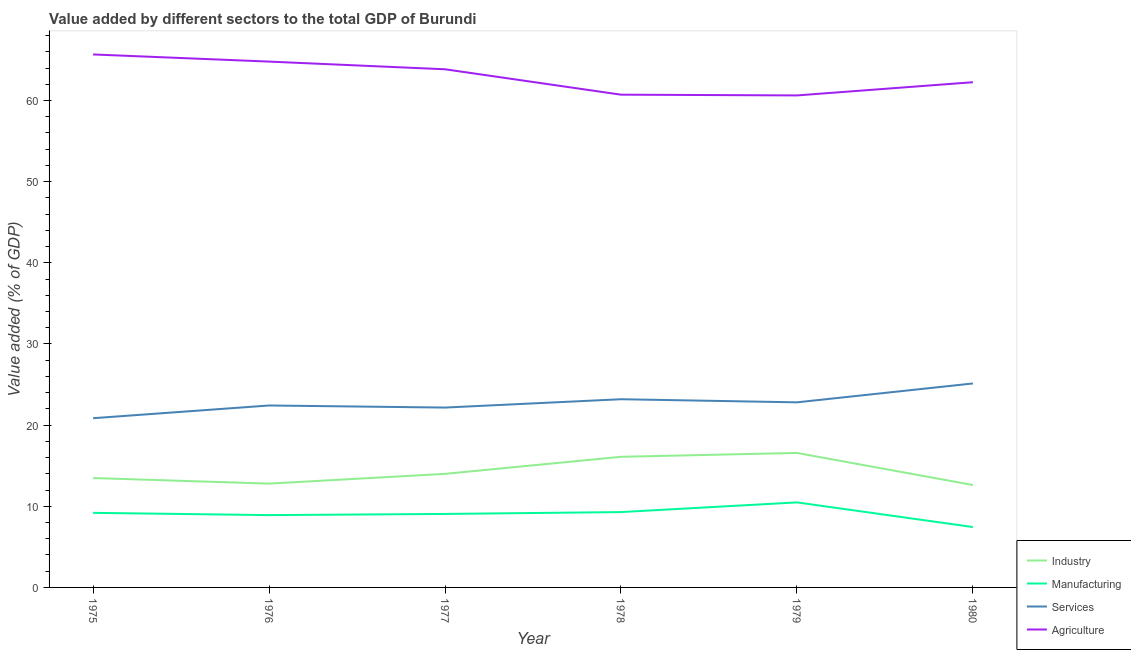
| Year | Industry | Manufacturing | Services | Agriculture |
 | --- | --- | --- | --- | --- |
 | 1975 | 13.5 | 9.19 | 20.9 | 65.7 |
 | 1976 | 12.8 | 8.91 | 22.4 | 64.8 |
 | 1977 | 14 | 9.05 | 22.2 | 63.8 |
 | 1978 | 16.1 | 9.29 | 23.2 | 60.7 |
 | 1979 | 16.6 | 10.5 | 22.8 | 60.6 |
 | 1980 | 12.6 | 7.44 | 25.1 | 62.2 |